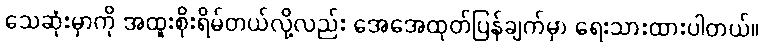
သေဆုံးမှာကို အထူးစိုးရိမ်တယ်လို့လည်း အေအေထုတ်ပြန်ချက်မှာ ရေးသားထားပါတယ်။